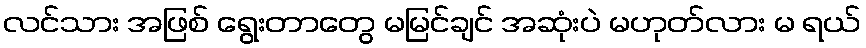
လင်သား အဖြစ် ရွေးတာတွေ မမြင်ချင် အဆုံးပဲ မဟုတ်လား မ ရယ်